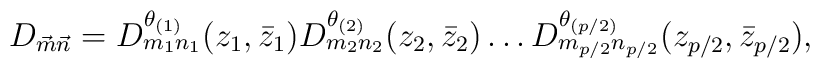
D_{\vec{m}\vec{n}}=D^{\theta_{(1)}}_{m_1n_1}(z_1,\bar{z}_1)  D^{\theta_{(2)}}_{m_2n_2}(z_2,\bar{z}_2)  \dots  D^{\theta_{(p/2)}}_{m_{p/2}n_{p/2}}(z_{p/2},\bar{z}_{p/2}),